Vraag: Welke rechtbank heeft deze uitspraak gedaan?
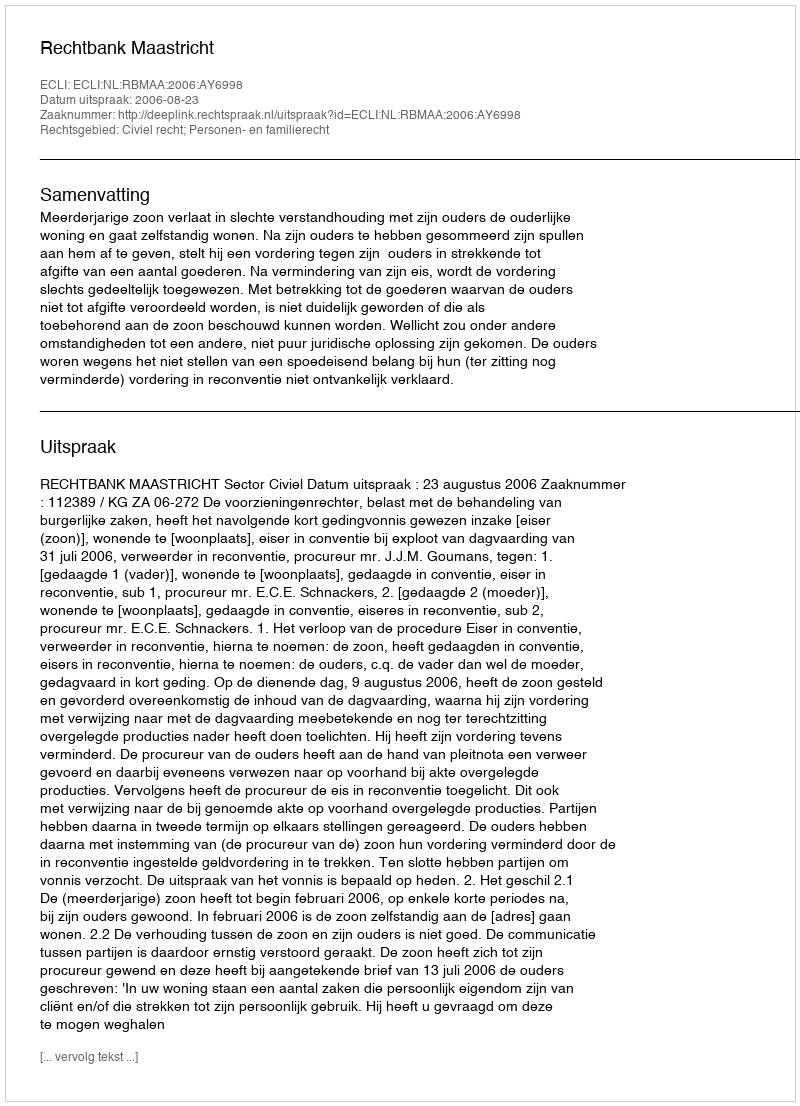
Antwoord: Rechtbank Maastricht